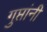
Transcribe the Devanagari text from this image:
गुप्तांनी